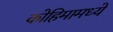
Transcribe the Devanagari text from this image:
कोहिमामध्ये